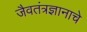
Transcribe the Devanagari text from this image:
जैवतंत्रज्ञानाचे